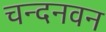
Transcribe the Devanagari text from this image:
चन्दनवन